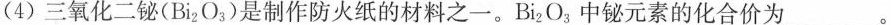
(4)三氧化二铋(Bi2O3)是制作防火纸的材料之一。Bi2O3中铋元素的化合价为_。